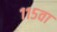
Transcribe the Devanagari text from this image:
११५वा